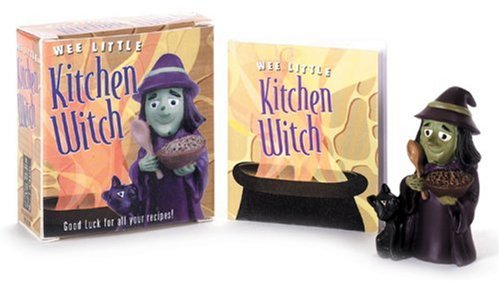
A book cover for Wee Little Kitchen Witch; Running Press; Cookbooks, Food & Wine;